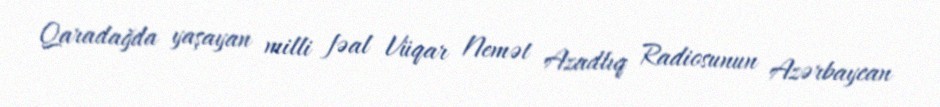
Qaradağda yaşayan milli fəal Vüqar Nemət Azadlıq Radiosunun Azərbaycan